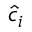
\hat { c } _ { i }